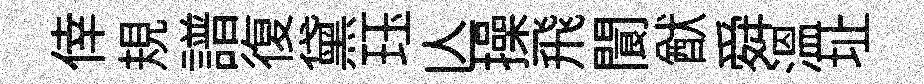
倖規譜復黛珏亾操飛閬猷舜温址